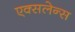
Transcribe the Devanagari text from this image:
एक्सलेन्स